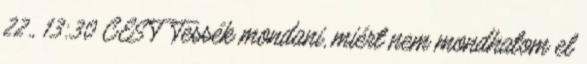
22., 13:30 CEST Tessék mondani, miért nem mondhatom el